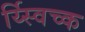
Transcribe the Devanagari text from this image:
र्य्स्विच्क